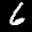
Label: 6